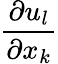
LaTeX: \frac{\partial u_{l}}{\partial x_{k}}